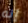
إنه